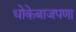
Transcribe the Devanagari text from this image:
धोकेबाजपणा